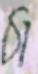
ঠা